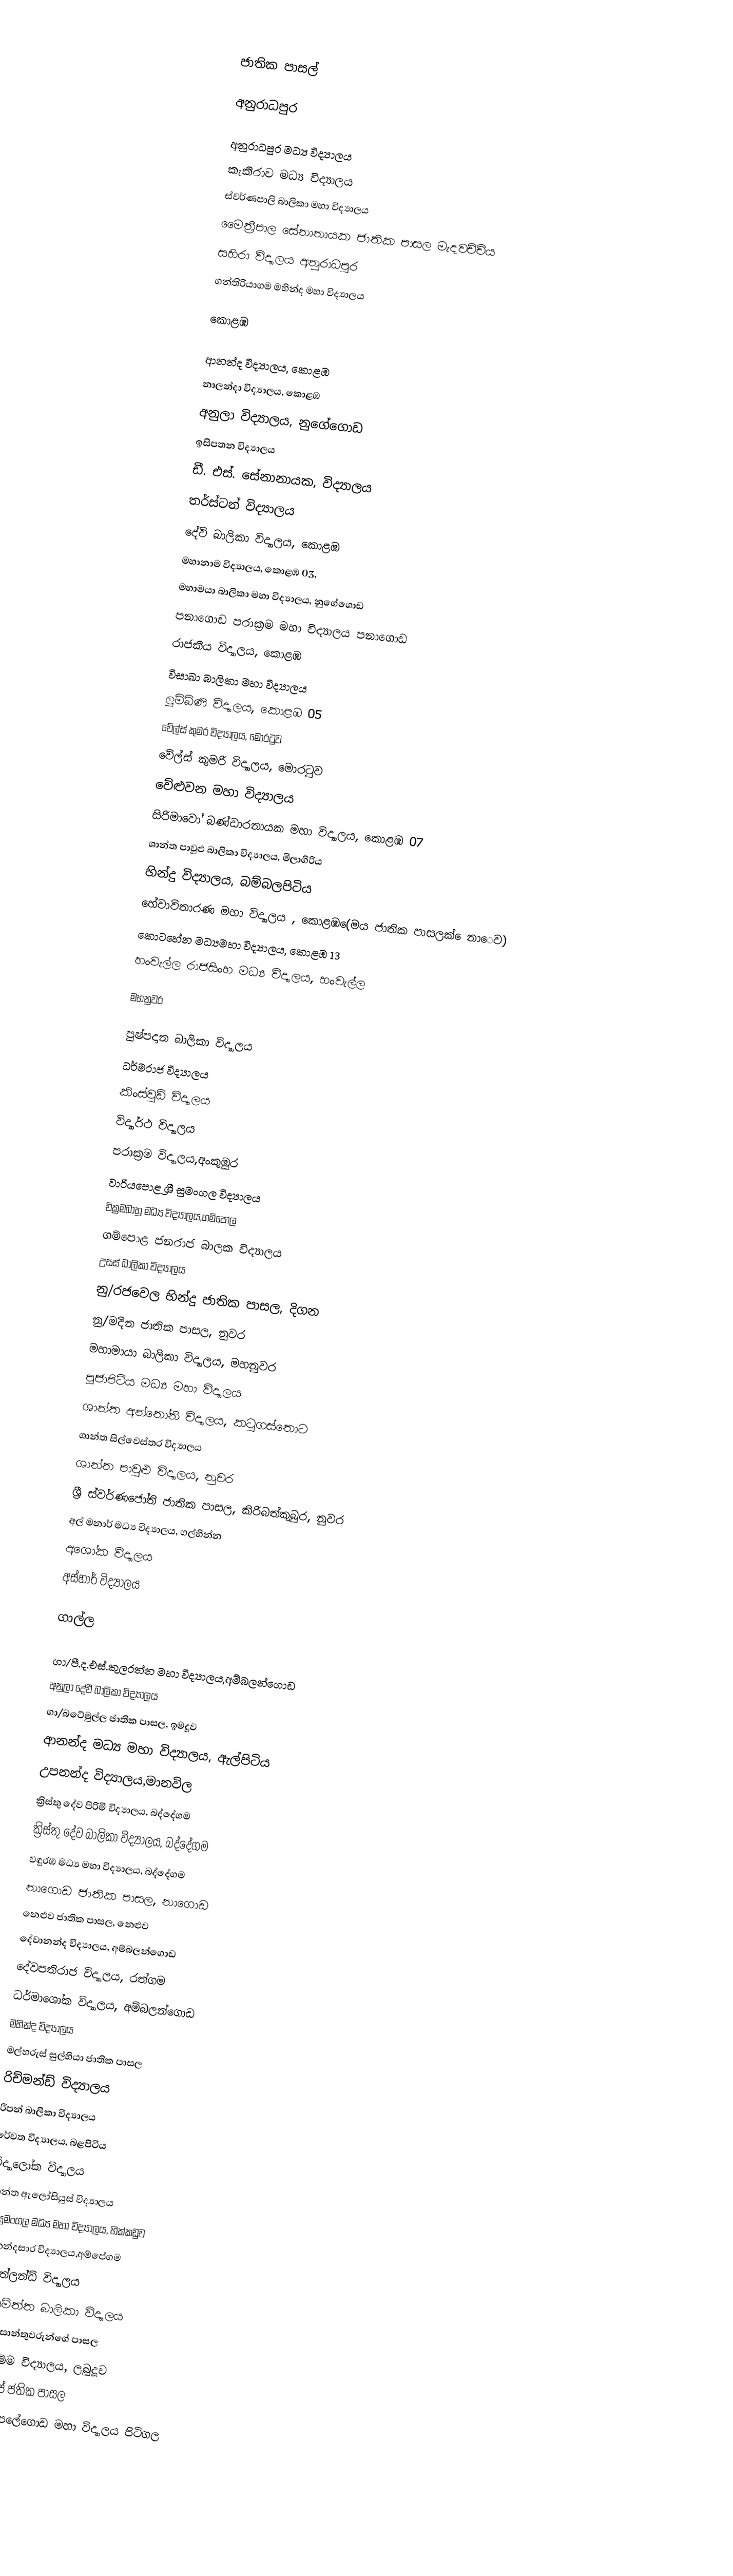

ජාතික පාසල්

අනුරාධපුර

 අනුරාධපුර මධ්‍ය විද්‍යාලය
 කැකිරාව මධ්‍ය විද්‍යාලය
 ස්වර්ණපාලි බාලිකා මහා විද්‍යාලය
 මෛත්‍රීපාල සේනානායක ජාතික පාසල මැදවච්චිය
 සහිරා විද්‍යාලය අනුරාධපුර
 ගන්තිරියාගම මහින්ද මහා විද්‍යාලය

කොළඹ

	ආනන්ද විද්‍යාලය, කොළඹ
      නාලන්දා විද්‍යාලය, කොළඹ
	අනුලා විද්‍යාලය, නුගේගොඩ
	ඉසිපතන විද්‍යාලය
	ඩී. එස්. සේනානායක, විද්‍යාලය
	තර්ස්ටන් විද්‍යාලය
	දේවි බාලිකා විද්‍යාලය, කොළඹ
	මහානාම විද්‍යාලය, කොළඹ 03,
	මහාමයා බාලිකා මහා විද්‍යාලය, නුගේගොඩ
පනාගොඩ පරාක්‍රම මහා විද්‍යාලය පනාගොඩ
     රාජකීය විද්‍යාලය, කොළඹ
	විසාඛා බාලිකා මහා විද්‍යාලය
 ලුම්බිණි විද්‍යාලය, කොළඹ 05
	වේල්ස් කුමර විද්‍යාලය, මොරටුව
	වේල්ස් කුමරි විද්‍යාලය, මොරටුව
	වේළුවන මහා විද්‍යාලය
	සිරිමාවෝ බණ්ඩාරනායක මහා විද්‍යාලය, කොළඹ 07
      ශාන්ත පාවුළු බාලිකා විද්‍යාලය, මිලාගිරිය
	හින්දු  විද්‍යාලය, බම්බලපිටිය
      හේවාවිතාරණ මහා විද්‍යාලය , කොළඹ(ෙමය ජාතික පාසලක් ෙනාෙව)
     කොටහේන මධ්‍යමහා විද්‍යාලය, කොළඹ 13
හංවැල්ල රාජසිංහ මධ්‍ය විද්‍යාලය, හංවැල්ල

මහනුවර

පුෂ්පදාන බාලිකා විද්‍යාලය
ධර්මරාජ විද්‍යාලය
කිංස්වුඩ් විද්‍යාලය
විද්‍යාර්ථ විද්‍යාලය
පරාක්‍රම විද්‍යාලය,අංකුඹුර
වාරියපොළ ශ්‍රී සුමංගල විද්‍යාලය
වික්‍රමබාහු මධ්‍ය විද්‍යාලය,ගම්පොල
	ගම්පොළ ජනරාජ බාලක විද්‍යාලය
	උසස් බාලිකා විද්‍යාලය
	නු/රජවෙල හින්දු ජාතික පාසල, දිගන
	නු/මදින ජාතික පාසල, නුවර
	මහාමායා බාලිකා විද්‍යාලය, මහනුවර
	පූජාපිටිය මධ්‍ය මහා විද්‍යාලය
	ශාන්ත අන්තෝනි විද්‍යාලය, කටුගස්තොට
	ශාන්ත සිල්වෙස්තර විද්‍යාලය
	ශාන්ත පාවුළු විද්‍යාලය, නුවර
	ශ්‍රී ස්වර්ණජෝති ජාතික පාසල, කිරිබත්කුබුර, නුවර
       අල් මනාර් මධ්‍ය විද්‍යාලය, ගල්හින්න
       අශෝක විද්‍යාලය
       අස්හාර් විද්‍යාලය

ගාල්ල

ගා/පී.ද.එස්.කුලරත්න මහා විද්‍යාලය,අම්බලන්ගොඩ
	අනුලා දේවී බාලිකා විද්‍යාලය
ගා/බටේමුල්ල ජාතික පාසල, ඉමදූව
	ආනන්ද මධ්‍ය මහා විද්‍යාලය, ඇල්පිටිය
	උපනන්ද විද්‍යාලය,මානවිල
	ක්‍රිස්තු දේව පිරිමි විද්‍යාලය, බද්දේගම
	ක්‍රිස්තු දේව බාලිකා විද්‍යාලය, බද්දේගම
   වඳුරඹ මධ්‍ය මහා විද්‍යාලය, බද්දේගම
   නාගොඩ ජාතික පාසල, නාගොඩ
	නෙළුව ජාතික පාසල, නෙළුව
	දේවානන්ද විද්‍යාලය, අම්බලන්ගොඩ
	දේවපතිරාජ විද්‍යාලය, රත්ගම
	ධර්මාශෝක විද්‍යාලය, අම්බලන්ගොඩ
	මහින්ද විද්‍යාලය
	මල්හරුස් සුල්හියා ජාතික පාසල
	රිච්මන්ඩ් විද්‍යාලය
	රිපන් බාලිකා විද්‍යාලය
      රේවත විද්‍යාලය, බළපිටිය
	විද්‍යාලෝක විද්‍යාලය
	ශාන්ත ඇලෝසියුස් විද්‍යාලය
      ශ්‍රී සුමංගල මධ්‍ය මහා විද්‍යාලය, හික්කඩුව
 ශ්‍රී නන්දසාර විද්‍යාලය,අම්පේගම
	සවුත්ලන්ඩ් විද්‍යාලය
	සංඝමිත්ත බාලිකා විද්‍යාලය
	සියලු සාන්තුවරුන්ගේ පාසල
	සිරිධම්ම විද්‍යාලය, ලබුදූව
   දෝරපේ ජතික පාසල
 ගා/ඉඳිපලේගොඩ මහා විද්‍යාලය පිටිගල

යාපනය

	වුන